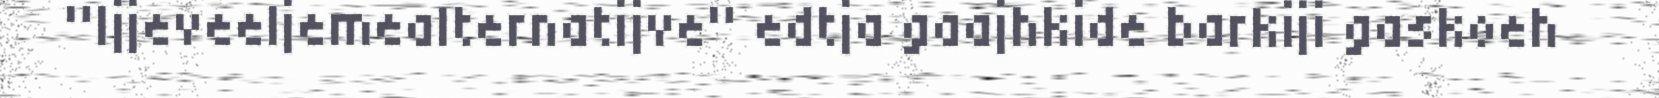
"Ijjeveeljemealternatijve" edtja gaajhkide barkiji gaskoeh